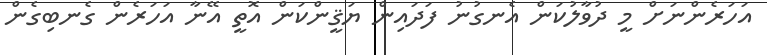
އަހަރެންނަށް މީ ދުވާލުކަން އެނގުނު ފަދައިން ޔަޤީންކަން އޮތީ އޭނާ އަހަރެން ގެނބިގެން